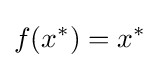
f(x^{*})=x^{*}